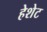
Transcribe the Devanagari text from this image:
हेशेट